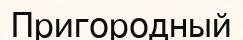
Пригородный